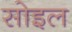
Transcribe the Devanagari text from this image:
सोइल